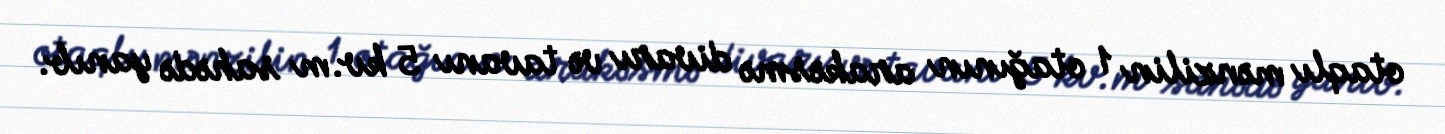
otaqlı mənzilin 1 otağının arakəsmə divarı və tavanı 5 kv.m sahədə yanıb.